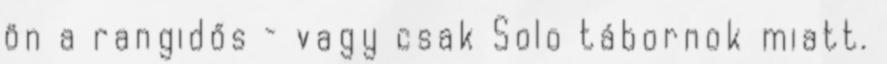
ön a rangidős – vagy csak Solo tábornok miatt.